Insane asylums Bombay 1873-77 - 1873-1877
Year: 1873
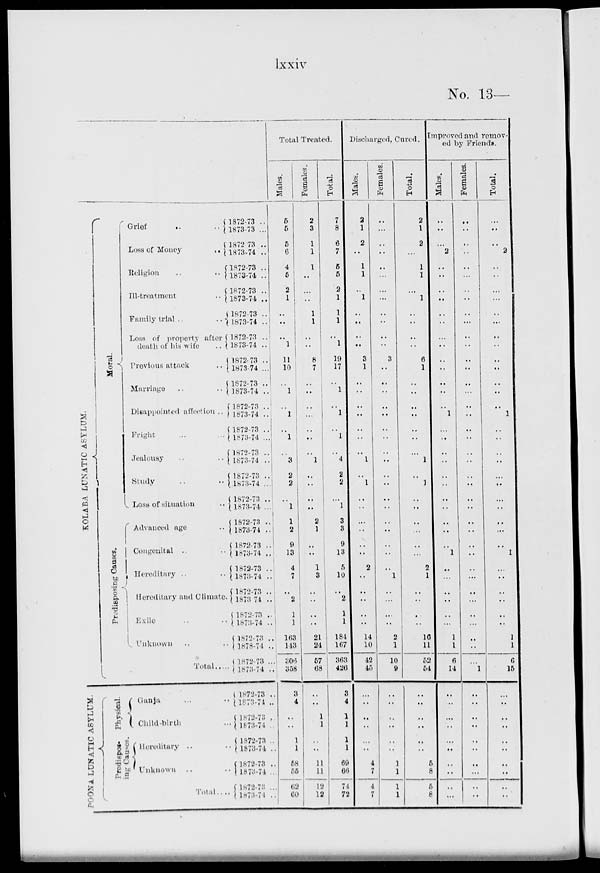
lxxiv
No. 13 —
KOLABA LUNATIC
ASYLUM.
POONA
LUNATIC ASYLUM.
Moral.
Predisposing Causes.
Grief
..
..
Loss of Money ..
Religion
..
..
Ill-treatment
..
Family trial .. ..
Loss of property after
death of his wife ..
Previous attack ..
Marriage .. ..
Disappointed affection ..
Fright ... ...
Jealousy .. ..
Study .. ..
Loss of situation ..
Advanced age ..
Congenital .. ..
Hereditary .. ..
Hereditary and Climate
Exile .. ..
Unknown .. ..
Total .....
Physical.
Predispos-
ing causes.
Ganja ... ..
Child-birth ...
Hereditary ..
Unknown .. ..
Tolal .. ..
1872-73 ..
1873-73 ...
1872 73 ..
1873-74 ..
1872-73 ..
1873-74 ..
1872-73 ..
1873-74 ..
1872-73 ..
1873-74 ..
1872-73
1873-74 ..
1872-73 ..
1873-74 ...
1872-73 ..
1873-74 ..
1872-73 ..
1873-74 ..
1872-73 ..
1873-74 ...
1872-73 ..
1873-74 ...
1872-73 ..
1873-74 ...
1872-73 ..
1873-74 ...
1872-73
...
1873-74 ..
1872-73 ..
1873-74 ..
1872-73 ..
1873-74 ..
1872-73 ..
1873-74 ..
1872-73 ..
1873-74 ..
1872-73 ..
1878-74 ..
1872-73 ...
1873-74 ..
1872-73 ..
1873-74 ..
1872-73 ..
1873-74 ..
1872-73 ..
1873-74 ..
1872-73 ..
1873-74 ..
1872-73 ..
1873-74
..
Total Treated.
Males.
5
5
5
6
4
5
2
1
..
..
,.
1
11
10
..
1
..
1
..
1
..
3
2
2
..
1
1
2
9
13
4
7
..
2
1
1
163
143
306
358
3
4
..
..
1
1
58
55
62
60
Females.
2
3
1
1
1
..
..
..
1
1
..
..
8
7
..
..
..
...
..
..
..
1
..
..
..
..
2
1
..
..
1
3
..
..
..
..
21
24
57
68
..
..
1
1
..
..
11
11
12
12
Total.
7
8
6
7
5
5
2
1
1
1
..
1
19
17
..
1
..
1
..
1
..
4
2
2
...
1
3
3
9
13
5
10
..
2
1
1
184
167
363
426
3
4
1
1
1
1
69
66
74
72
Discharged, Cured.
Males.
2
1
2
..
1
1
..
1
..
..
..
..
3
1
..
..
..
..
..
..
..
1
..
1
..
..
..
..
..
..
2
..
..
..
..
..
14
10
42
45
..
..
..
..
..
..
4
7
4
7
Females.
..
...
..
..
..
..
..
...
..
..
..
..
3
..
..
..
..
..
..
..
..
..
..
..
..
..
..
..
..
..
..
1
..
...
...
..
2
1
10
9
..
..
..
..
..
..
1
1
1
1
Total.
2
1
2
...
1
1
..
1
..
..
..
..
6
1
..
..
..
..
..
..
..
1
..
1
..
..
..
..
..
..
2
1
..
..
..
..
16
11
52
54
..
..
..
..
..
..
5
8
5
8
Improved and remov-
ed by Friends.
Males.
..
..
..
2
..
..
..
..
..
..
...
..
..
..
..
..
..
1
..
..
..
..
..
..
..
..
..
..
..
1
..
...
..
..
..
...
1
1
6
14
..
...
..
..
..
..
..
..
..
...
Females.
..
..
..
..
..
..
..
..
..
...
..
..
..
..
..
...
..
..
..
..
..
..
..
..
..
..
..
..
..
..
..
...
..
...
..
...
..
..
...
1
..
..
..
..
..
..
..
...
..
..
Total.
..
..
..
2
..
..
..
...
..
...
..
..
..
..
..
..
..
1
..
..
..
..
..
..
...
..
..
...
..
1
..
..
..
..
..
..
1
1
6
15
..
..
..
..
..
..
..
..
..
..